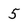
Character: 5